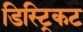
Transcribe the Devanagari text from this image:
डिस्ट्रिकट